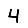
Digit: 4